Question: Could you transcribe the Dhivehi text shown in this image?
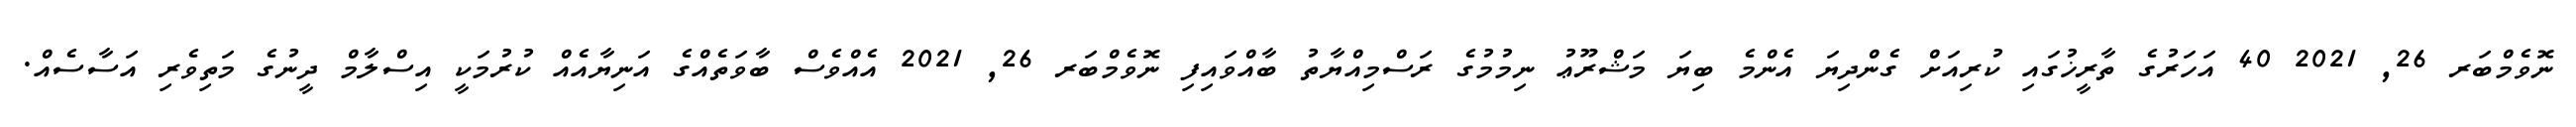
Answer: ނޮވެމްބަރ 26, 2021 40 އަހަރުގެ ތާރީޚުގައި ކުރިއަށް ގެންދިޔަ އެންމެ ބިޔަ މަޝްރޫޢު ނިމުމުގެ ރަސްމިއްޔާތު ބާއްވައިފި ނޮވެމްބަރ 26, 2021 އެއްވެސް ބާވަތެއްގެ އަނިޔާއެއް ކުރުމަކީ އިސްލާމް ދީނުގެ މަތިވެރި އަސާސެއް.